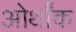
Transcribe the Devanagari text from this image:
ओर्थांक